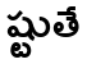
ష్టుతే